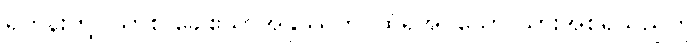
ရဟန်းတို့။ သာစ ခေါဧသာအနုဿတိ၊ ထိုရအပ်သော သားအစရှိသည်ကို